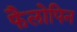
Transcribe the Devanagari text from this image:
फैलोपिन